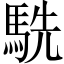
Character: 駪